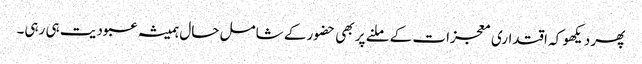
پھر دیکھو کہ اقتداری معجزات کے ملنے پر بھی حضور کے شامل حال ہمیشہ عبودیت ہی رہی۔